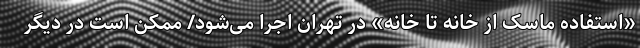
«استفاده ماسک از خانه تا خانه» در تهران اجرا می‌شود/ ممکن است در دیگر